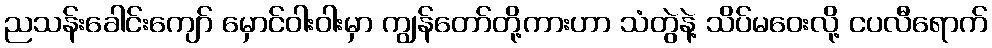
ညသန်းခေါင်းကျော် မှောင်ဝါးဝါးမှာ ကျွန်တော်တို့ကားဟာ သံတွဲနဲ့ သိပ်မဝေးလို့ ငပလီရောက်